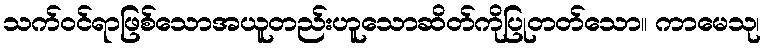
သက်ဝင်ရာဖြစ်သောအယူတည်းဟူသောဆိတ်ကိုပြုတတ်သော။ ကာမေသု၊